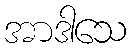
အာဒါသေ